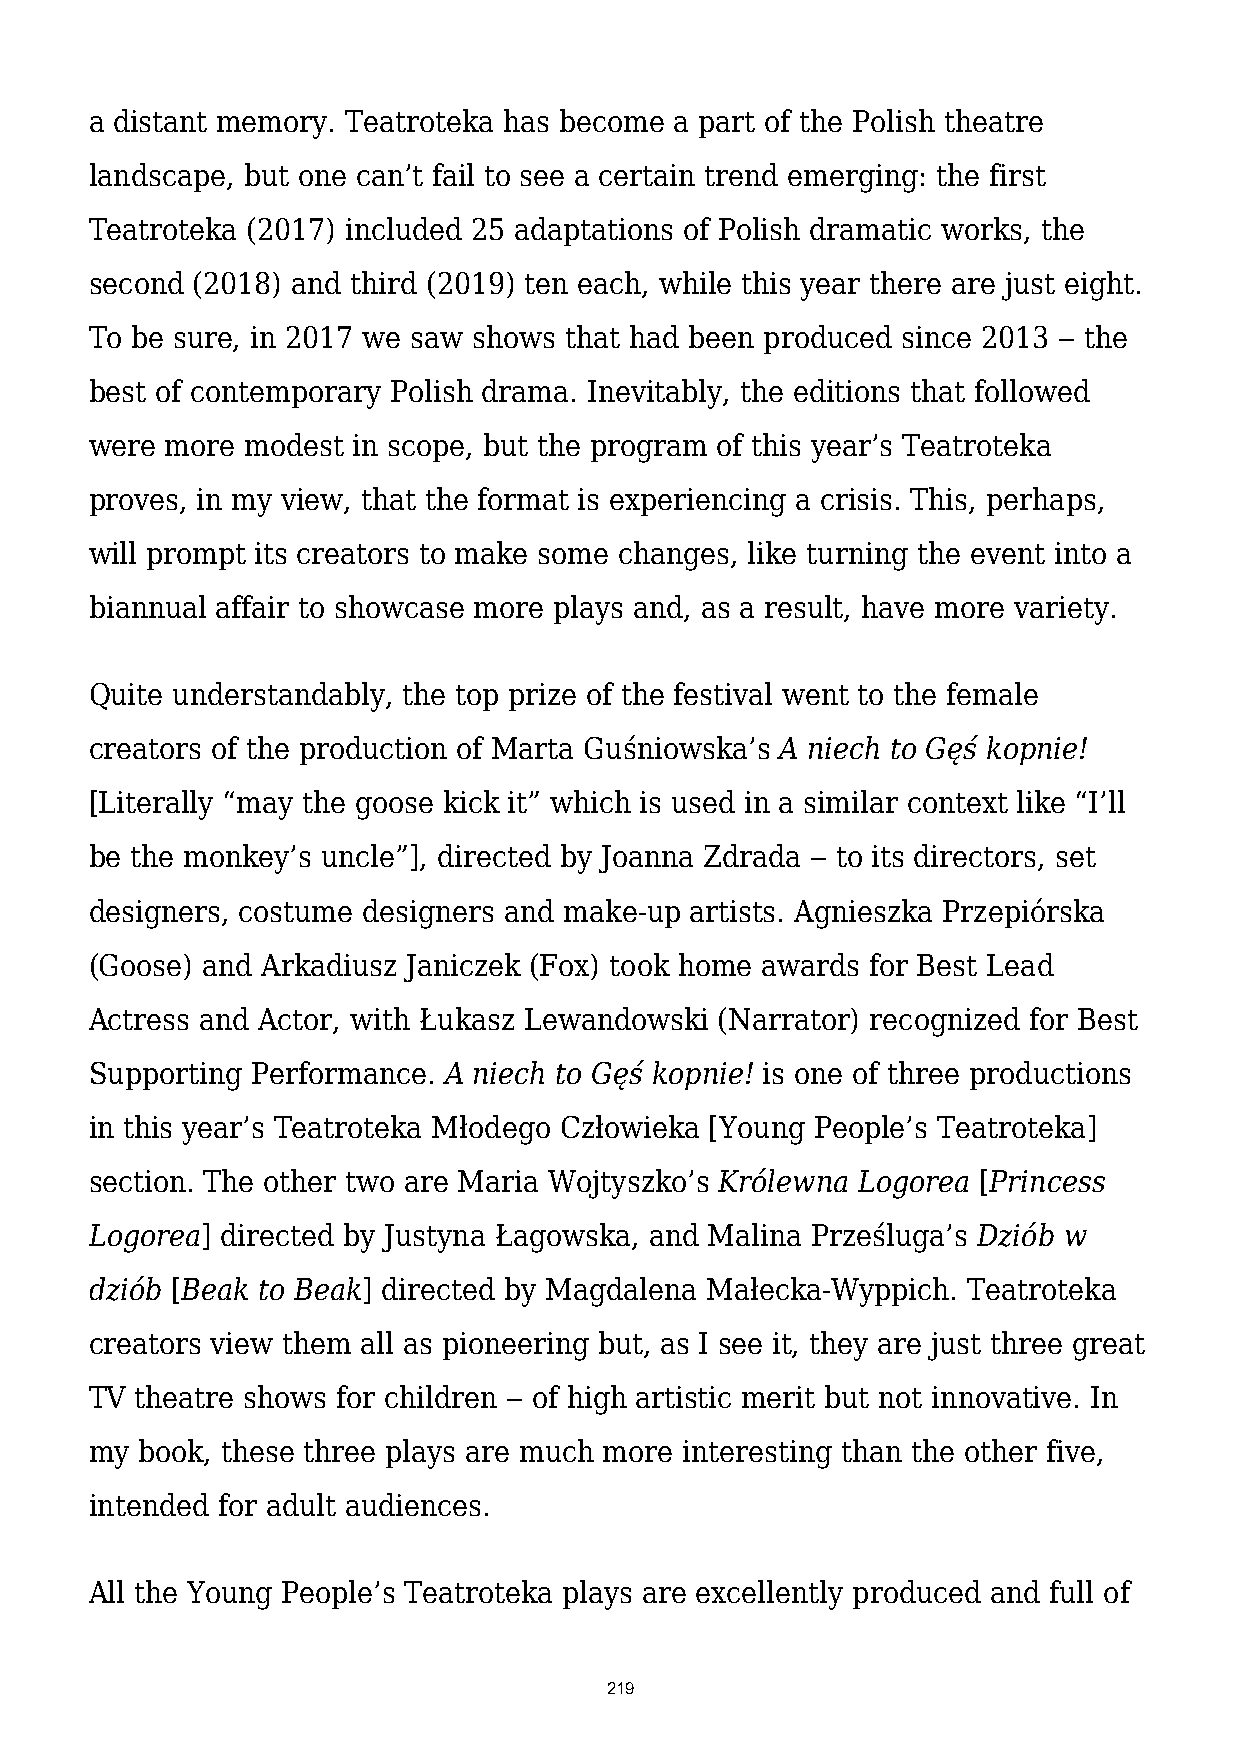
a distant memory. Teatroteka has become a part of the Polish theatre
 landscape, but one can’t fail to see a certain trend emerging: the first
 Teatroteka (2017) included 25 adaptations of Polish dramatic works, the
 second (2018) and third (2019) ten each, while this year there are just eight.
 To be sure, in 2017 we saw shows that had been produced since 2013 ‒ the
 best of contemporary Polish drama. Inevitably, the editions that followed
 were more modest in scope, but the program of this year’s Teatroteka
 proves, in my view, that the format is experiencing a crisis. This, perhaps,
 will prompt its creators to make some changes, like turning the event into a
 biannual affair to showcase more plays and, as a result, have more variety.
 Quite understandably, the top prize of the festival went to the female
 creators of the production of Marta Guśniowska’s A niech to Gęś kopnie!
 [Literally “may the goose kick it” which is used in a similar context like “I’ll
 be the monkey’s uncle”], directed by Joanna Zdrada ‒ to its directors, set
 designers, costume designers and make-up artists. Agnieszka Przepiórska
 (Goose) and Arkadiusz Janiczek (Fox) took home awards for Best Lead
 Actress and Actor, with Łukasz Lewandowski (Narrator) recognized for Best
 Supporting Performance. A niech to Gęś kopnie! is one of three productions
 in this year’s Teatroteka Młodego Człowieka [Young People’s Teatroteka]
 section. The other two are Maria Wojtyszko’s Królewna Logorea [Princess
 Logorea] directed by Justyna Łagowska, and Malina Prześluga’s Dziób w
 dziób [Beak to Beak] directed by Magdalena Małecka-Wyppich. Teatroteka
 creators view them all as pioneering but, as I see it, they are just three great
 TV theatre shows for children ‒ of high artistic merit but not innovative. In
 my book, these three plays are much more interesting than the other five,
 intended for adult audiences.
 All the Young People’s Teatroteka plays are excellently produced and full of
 219